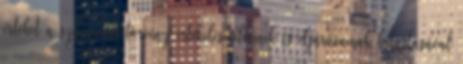
értékét a számviteli törvény értékelési elveinek és eljárásainak betartásával